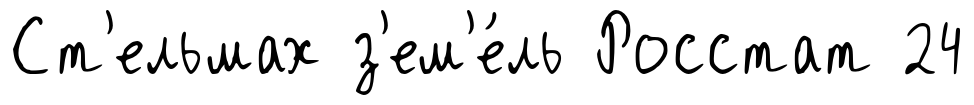
Ст'ельмах з'ем'е́ль Росстат 24